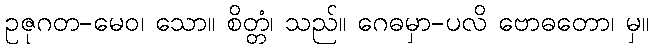
ဥဇုဂတ-မေဝ၊ သော။ စိတ္တံ၊ သည်။ ဂေဓမှာ-ပလိ ဗောဓတော၊ မှ။